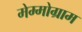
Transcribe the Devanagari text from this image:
मेम्मोग्राम